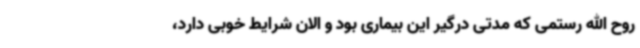
روح الله رستمی که مدتی درگیر این بیماری بود و الان شرایط خوبی دارد،